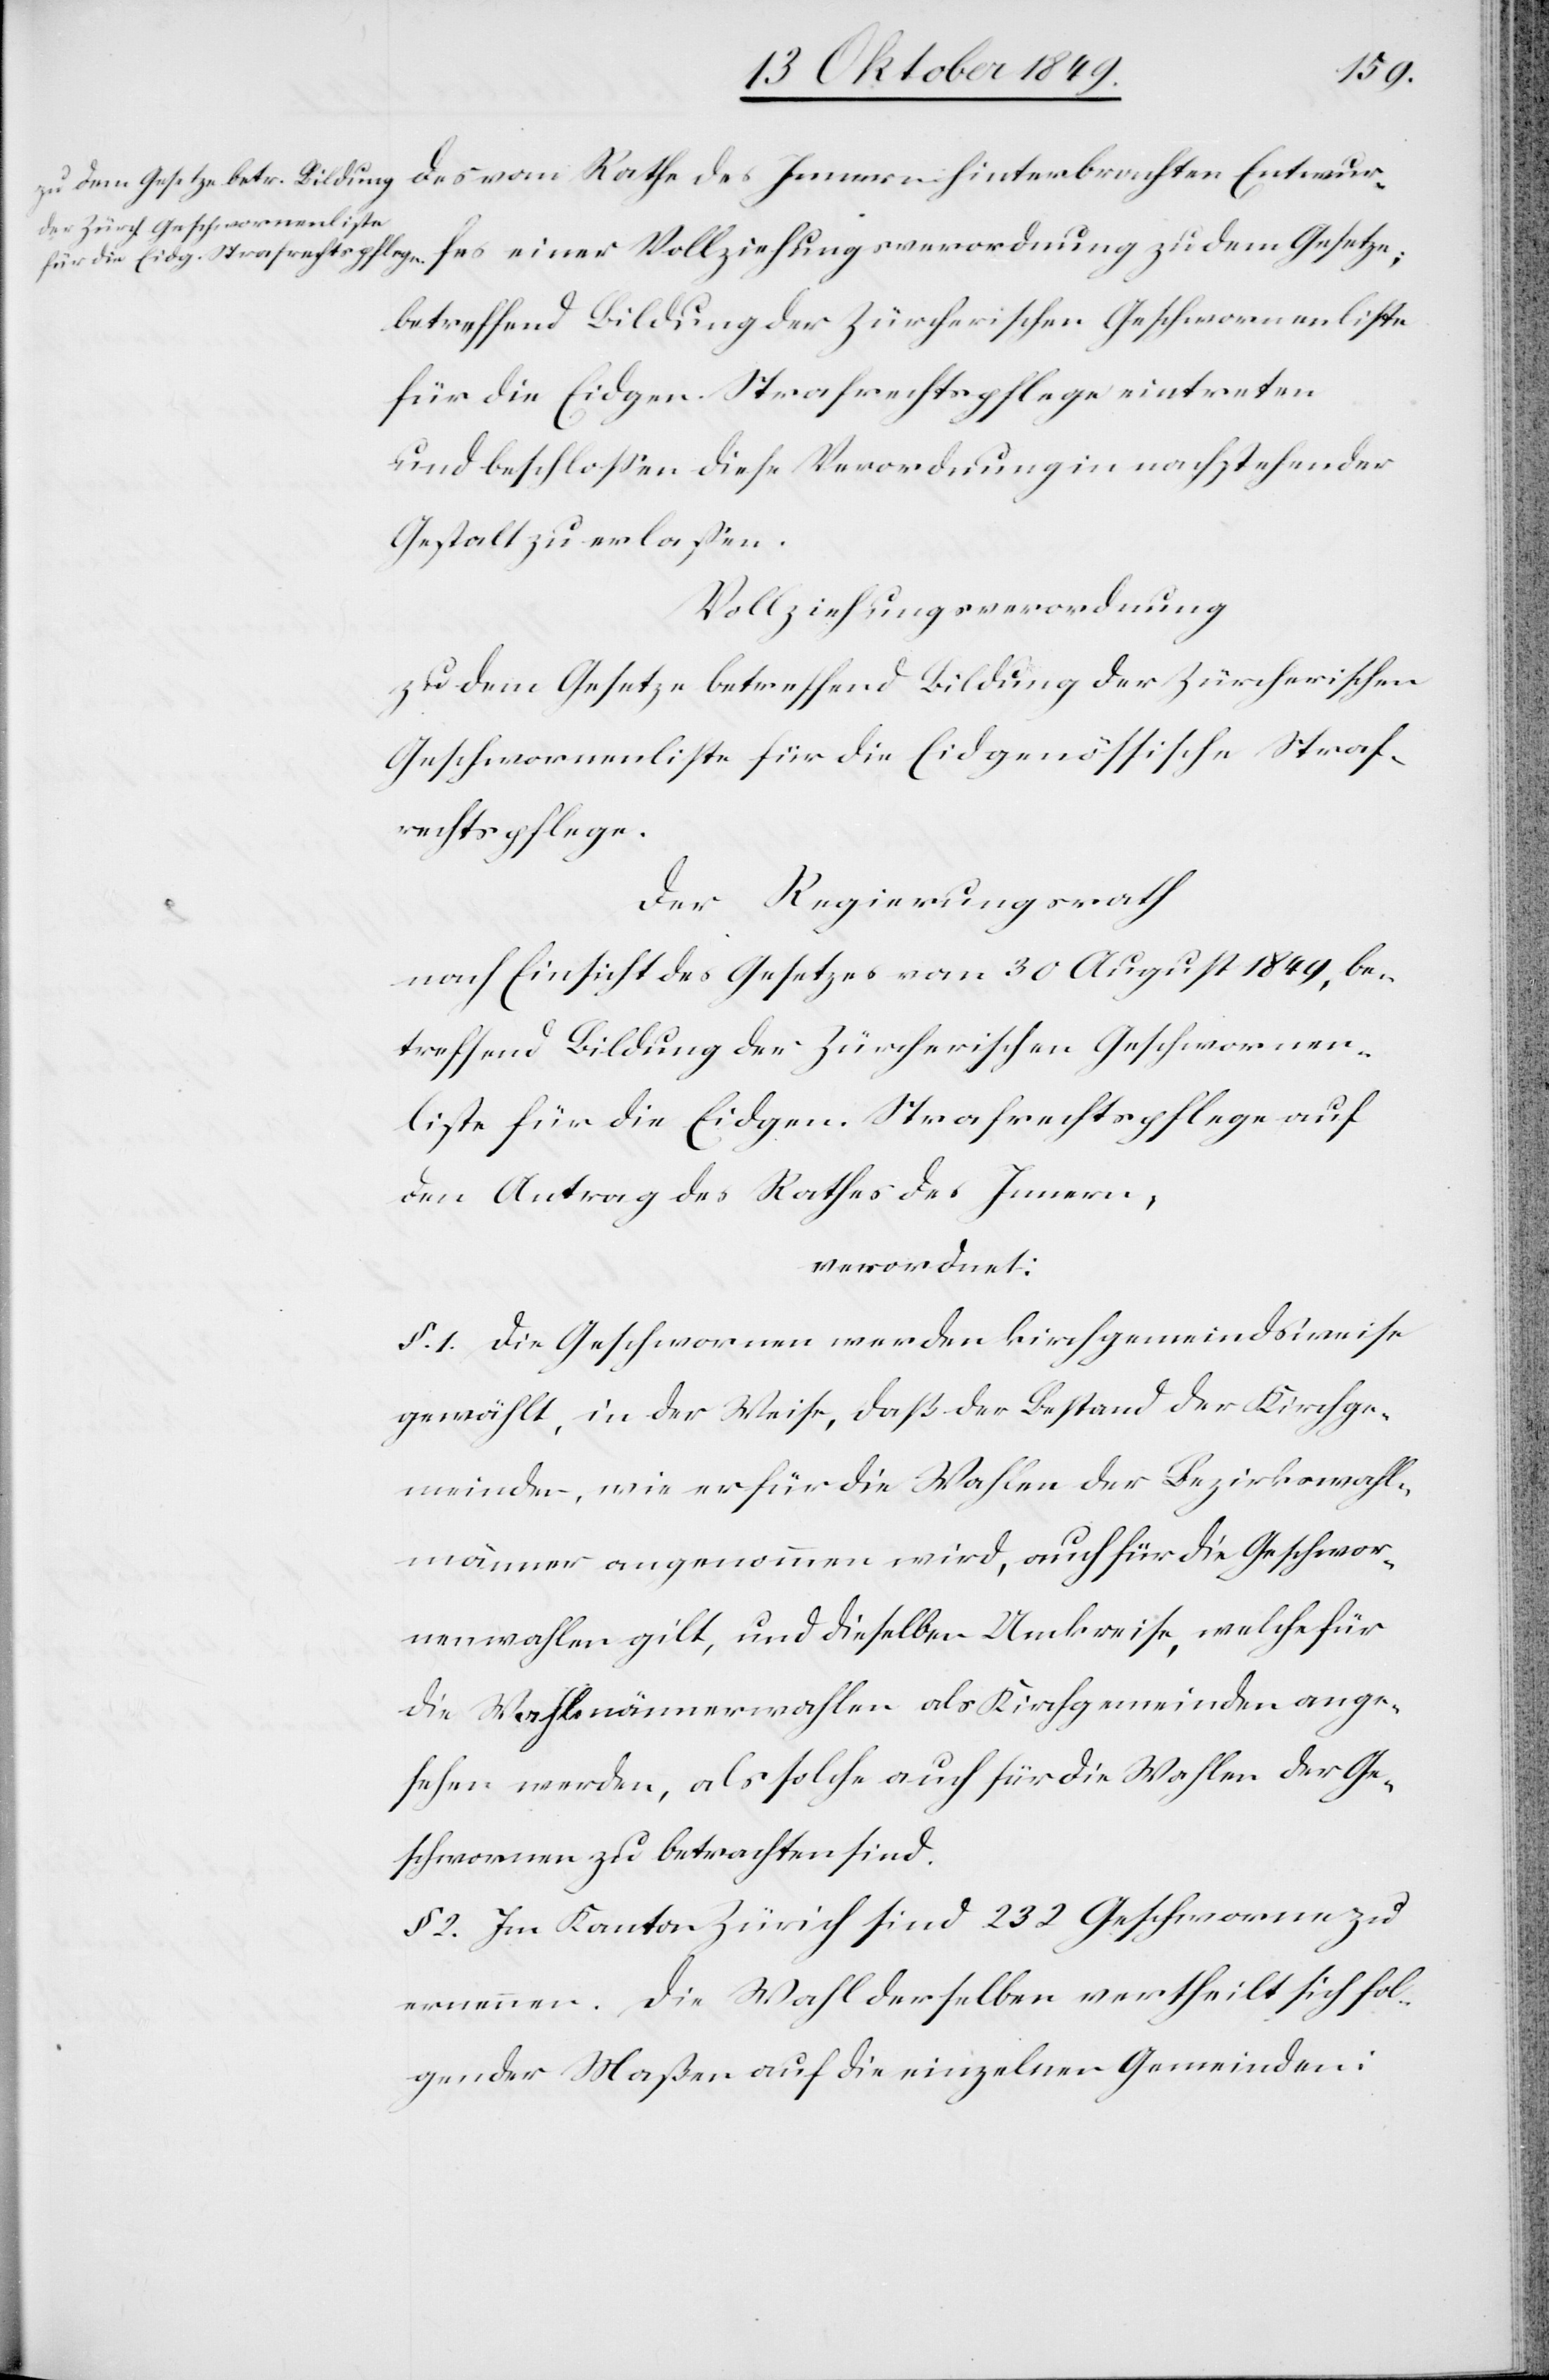
des vom Rathe des Innern hinterbrachten Entwurfes
betreffend Bildung der Zürcherischen Geschworenenliste
für die Eidgen. Strafrechtspflege ein[ge]treten
und beschloßen diese Verordnungen in nachstehender
Gestalt zu erlaßen.
Vollziehungsverordnung
zu dem Gesetze betreffend Bildung der Zürcherischen
Geschworenenliste für die Eidgenößische Straf¬
rechtspflege.
Der Regierungsrath
nach Einsicht des Gesetzes vom 30 August 1849, be¬
treffend Bildung der Zürcherischen Geschworenen¬
liste für die Eidgen. Strafrechtspflege auf
Antrag des Rathes des Innern,
verordnet:
§. 1. Die Geschworenen werden kirchgemeindsweise
gewählt, in der Weise, daß der Bestand der Kirchge¬
meinde, wie er für die Wahlen der Bezirkswahl¬
männer angenommen wird, auch für die Geschwor¬
enenwahlen gilt, und dieselben Umkreise, welche für
die Wahlmännerwahlen als Kirchgemeinden ange¬
sehen werden, als solche auch für die Wahlen der Ge¬
schworenen zu betrachten sind.
§. 2. Im Kanton Zürich sind 232 Geschworene zu
ernennen. Die Wahl derselben vertheilt sich fol¬
gender Maßen auf die einzelnen Gemeinden: